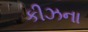
કીઝના